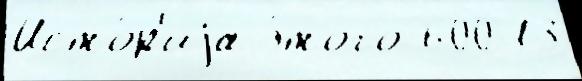
Исто́р'иjа э́того 600 13